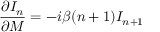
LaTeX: { \frac { \partial I _ { n } } { \partial M } } = - i \beta ( n + 1 ) I _ { n + 1 }